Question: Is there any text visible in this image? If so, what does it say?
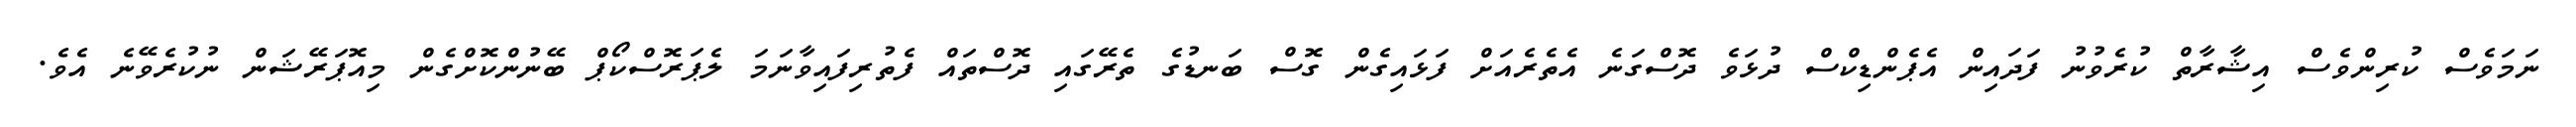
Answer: ނަމަވެސް ކުރިންވެސް އިޝާރާތް ކުރެވުނު ފަދައިން އެޕެންޑިކްސް ދުޅަވެ ދޮސްގަނެ އެތެރެއަށް ފަޅައިގެން ގޮސް ބަނޑުގެ ތެރޭގައި ދޮސްތައް ފެތުރިފައިވާނަމަ ލެޕަރޮސްކޯޕް ބޭނުންކޮށްގެން މިއޮޕަރޭޝަން ނުކުރެވޭނެ އެވެ.